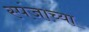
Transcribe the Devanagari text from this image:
स्पंजाच्या